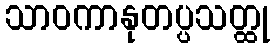
သာဝကာနုတပ္ပသတ္ထု